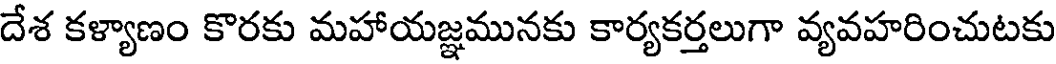
దేశ కళ్యాణం కొరకు మహాయజ్ఞమునకు కార్యకర్తలుగా వ్యవహరించుటకు